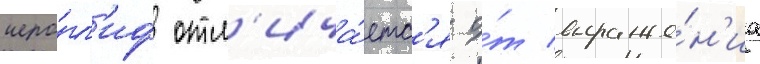
иеро́гл'иф отл'ича́етс'я о́т выраже́н'иа